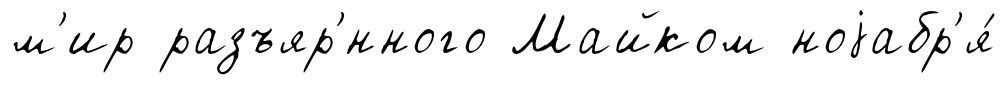
м'ир разъяр'́нного Майком ноjабр'я́